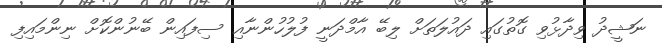
ނަޝީދު ވިދާޅުވި ގޮތުގައި ދައުލަތަށް ލިބޭ އާމްދަނީ ފުލުހުންނާއި ސިފައިން ބޭނުންކޮށް ނިންމައިފި